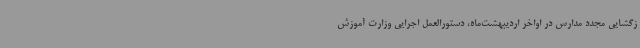
زگشایی مجدد مدارس در اواخر اردیبهشت‌ماه، دستورالعمل اجرایی وزارت آموزش